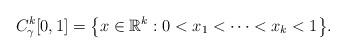
LaTeX: \begin{align*}C_{\gamma}^k[0,1]=\big\{x\in\mathbb{R}^k:0<x_1<\dots<x_k<1\big\}.\end{align*}